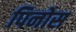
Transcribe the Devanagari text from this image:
पिनोस